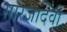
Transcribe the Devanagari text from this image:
सारजादेवी